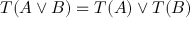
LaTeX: T ( A \vee B ) = T ( A ) \vee T ( B )